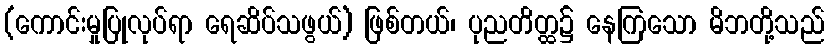
(ကောင်းမှုပြုလုပ်ရာ ရေဆိပ်သဖွယ်) ဖြစ်တယ်၊ ပုညတိတ္ထ၌ နေကြသော မိဘတို့သည်